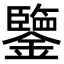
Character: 鑒